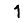
Digit: 1